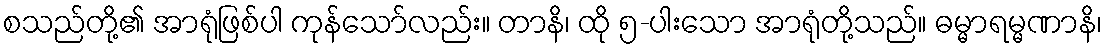
စသည်တို့၏ အာရုံဖြစ်ပါ ကုန်သော်လည်း။ တာနိ၊ ထို ၅-ပါးသော အာရုံတို့သည်။ ဓမ္မာရမ္မဏာနိ၊